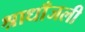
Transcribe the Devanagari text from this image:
श्राधाँजली